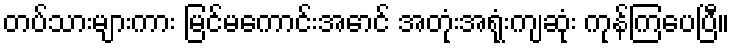
တပ်သားများကား မြင်မကောင်းအောင် အတုံးအရုံးကျဆုံး ကုန်ကြပေပြီ။